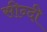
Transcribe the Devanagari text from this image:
सीन्दी